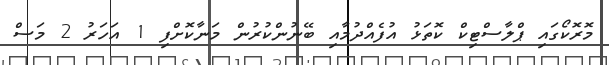
މޮރޮކޯގައި ޕްލާސްޓިކް ކޮތަޅު އުފެއްދުމާއި ބޭނުންކުރުން މަނާކޮށްފި 1 އަހަރު 2 މަސް